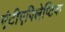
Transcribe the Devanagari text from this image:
एंटीएपिलेप्टिक